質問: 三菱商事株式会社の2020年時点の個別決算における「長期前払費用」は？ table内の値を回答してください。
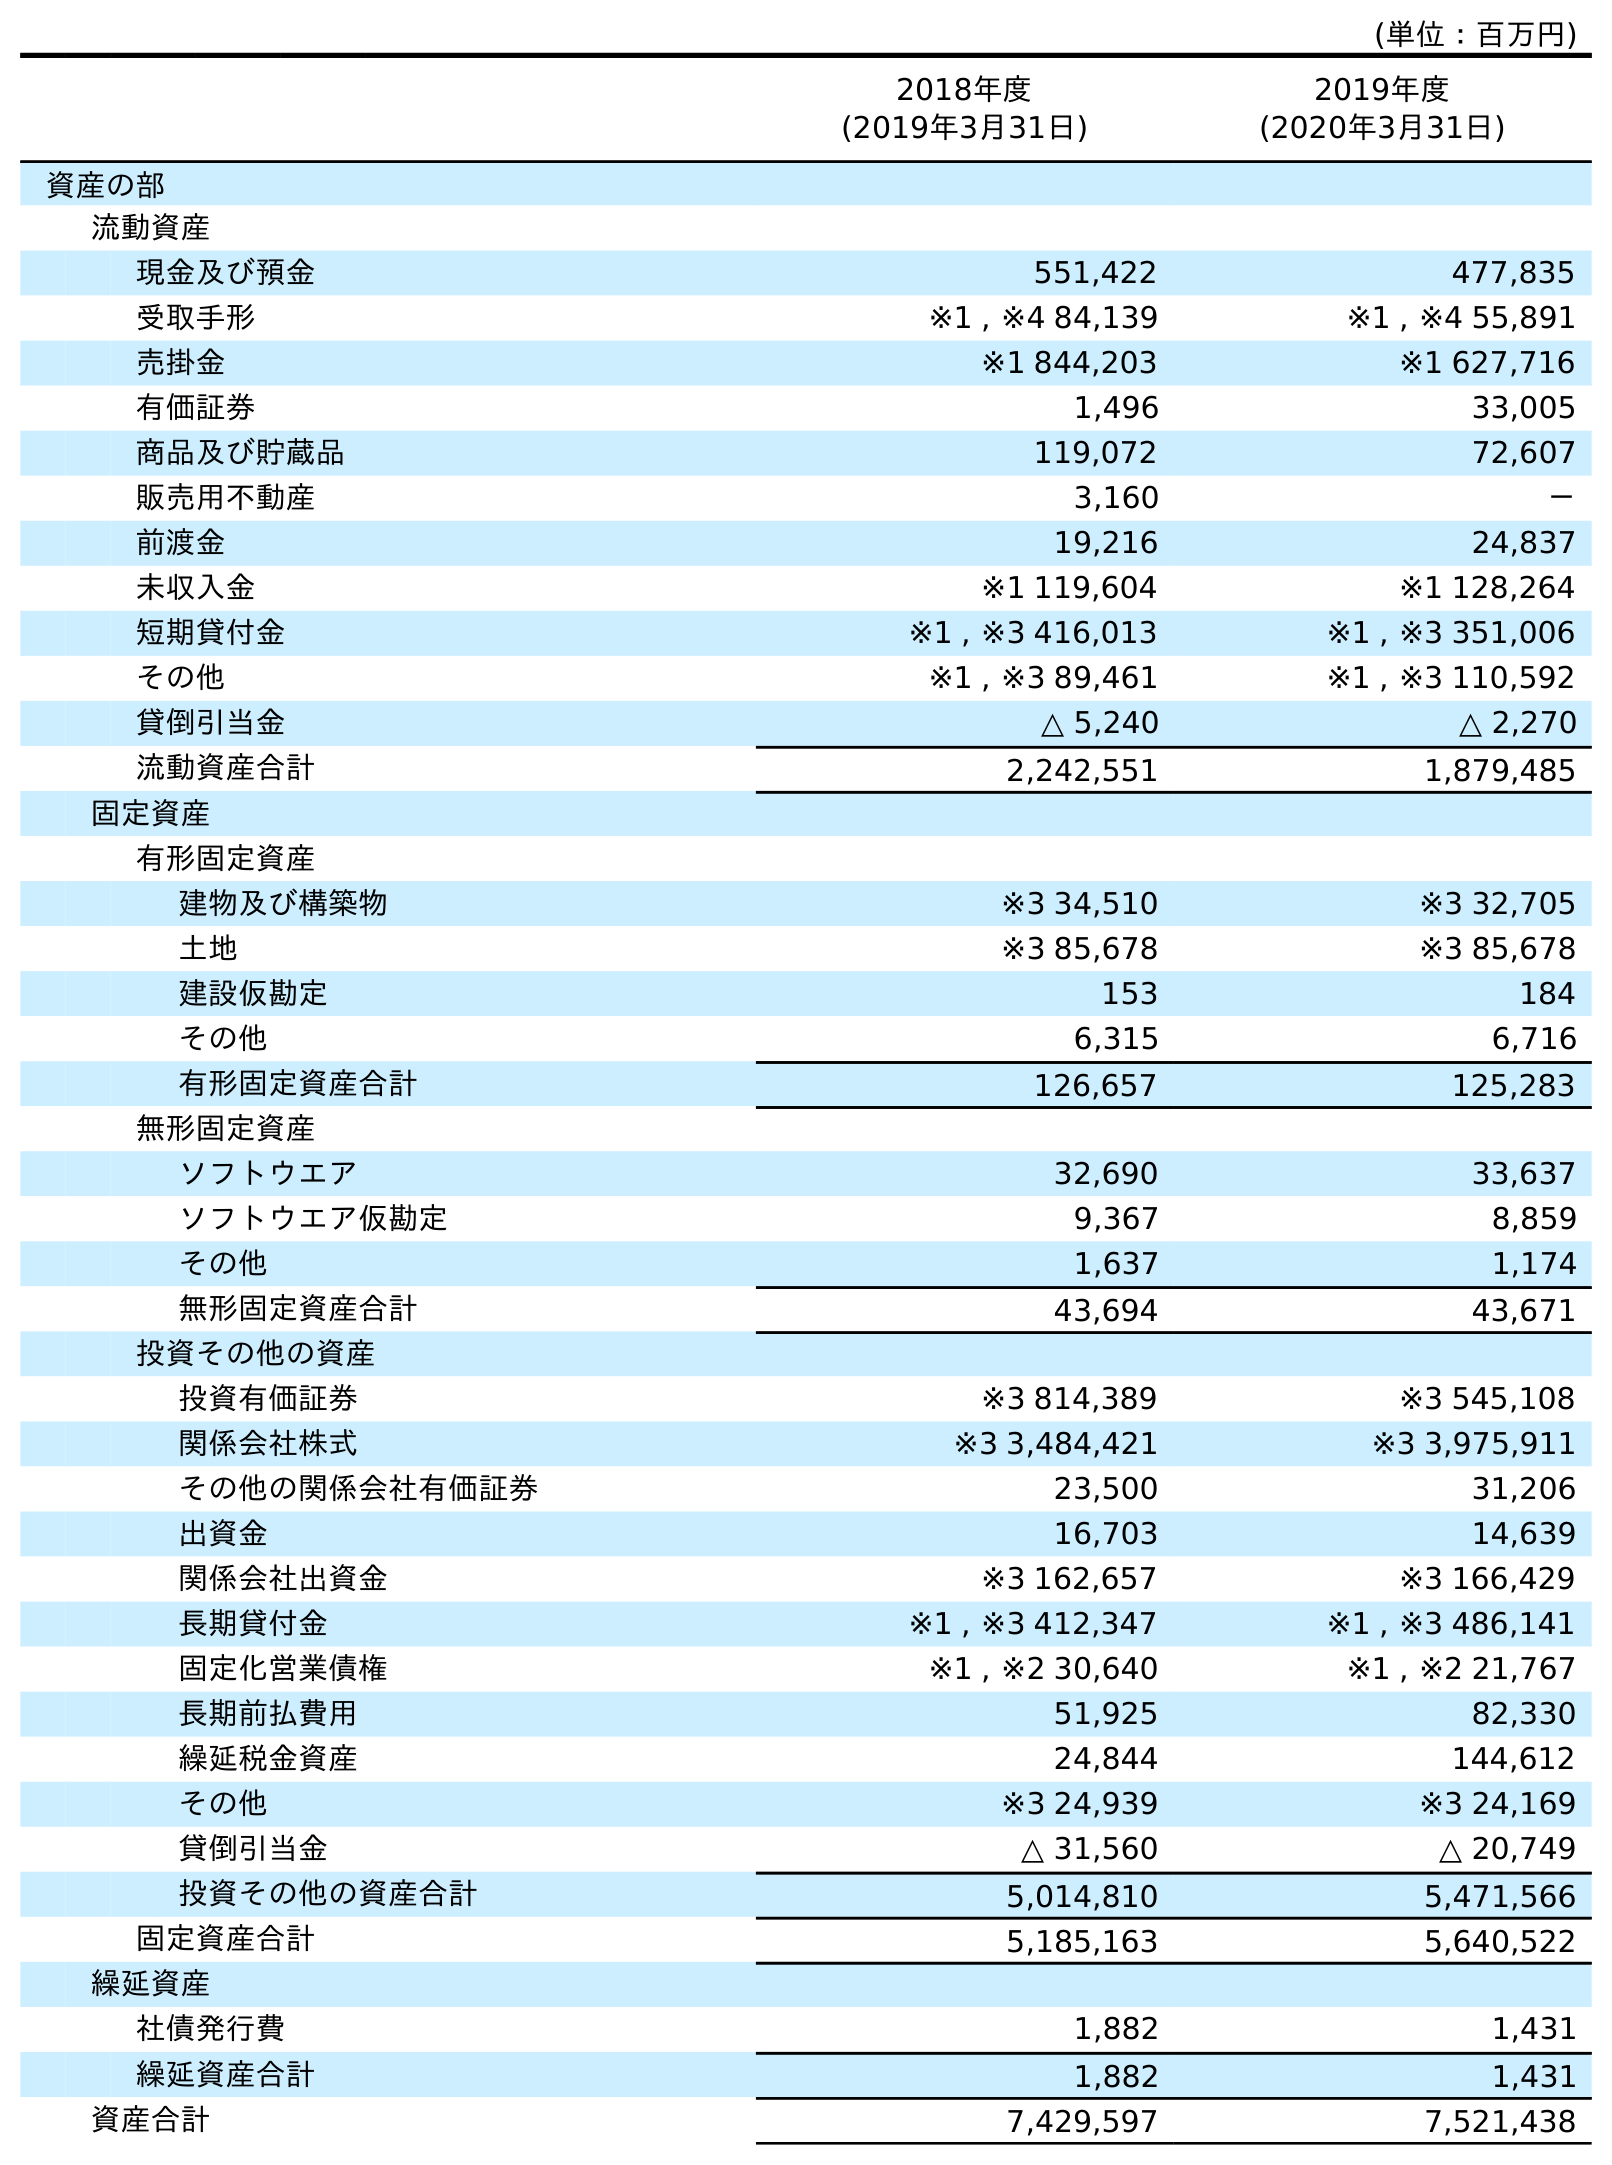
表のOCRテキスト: (単位：百万円) 2018年度 (2019年3月31日) 2019年度 (2020年3月31日) 資産の部 流動資産 現金及び預金 551,422 477,835 受取手形 ※1 , ※4 84,139 ※1 , ※4 55,891 売掛金 ※1 844,203 ※1 627,716 有価証券 1,496 33,005 商品及び貯蔵品 119,072 72,607 販売用不動産 3,160 － 前渡金 19,216 24,837 未収入金 ※1 119,604 ※1 128,264 短期貸付金 ※1 , ※3 416,013 ※1 , ※3 351,006 その他 ※1 , ※3 89,461 ※1 , ※3 110,592 貸倒引当金 △ 5,240 △ 2,270 流動資産合計 2,242,551 1,879,485 固定資産 有形固定資産 建物及び構築物 ※3 34,510 ※3 32,705 土地 ※3 85,678 ※3 85,678 建設仮勘定 153 184 その他 6,315 6,716 有形固定資産合計 126,657 125,283 無形固定資産 ソフトウエア 32,690 33,637 ソフトウエア仮勘定 9,367 8,859 その他 1,637 1,174 無形固定資産合計 43,694 43,671 投資その他の資産 投資有価証券 ※3 814,389 ※3 545,108 関係会社株式 ※3 3,484,421 ※3 3,975,911 その他の関係会社有価証券 23,500 31,206 出資金 16,703 14,639 関係会社出資金 ※3 162,657 ※3 166,429 長期貸付金 ※1 , ※3 412,347 ※1 , ※3 486,141 固定化営業債権 ※1 , ※2 30,640 ※1 , ※2 21,767 長期前払費用 51,925 82,330 繰延税金資産 24,844 144,612 その他 ※3 24,939 ※3 24,169 貸倒引当金 △ 31,560 △ 20,749 投資その他の資産合計 5,014,810 5,471,566 固定資産合計 5,185,163 5,640,522 繰延資産 社債発行費 1,882 1,431 繰延資産合計 1,882 1,431 資産合計 7,429,597 7,521,438
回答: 82,330